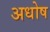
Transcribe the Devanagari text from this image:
अधोष